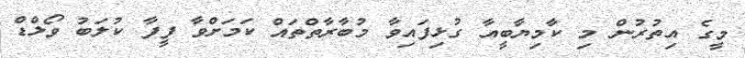
މީގެ އިތުރުން މި ކާމިޔާބީއާ ގުޅިފައިވާ މުބާރާތްތައް ކަމަށްވާ ފީފާ ކުލަބު ވޯލްޑް